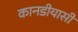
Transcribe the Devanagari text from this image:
कानडीयासी